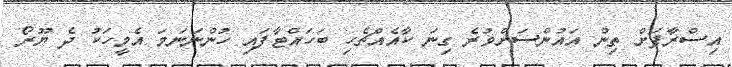
އިސްރާފަށް ތިން އައުންސަށްވުރެ ގިނަ ކާއެއްޗެހި ބަހައްޓާފައި ހުންނަނަމަ އެމީހަކު ދެ ޔޫރޯ